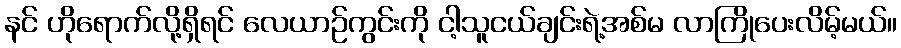
နင် ဟိုရောက်လို့ရှိရင် လေယာဉ်ကွင်းကို ငါ့သူငယ်ချင်းရဲ့အစ်မ လာကြိုပေးလိမ့်မယ်။